Tartu_pedagoogiumi_aruanded, lk 2
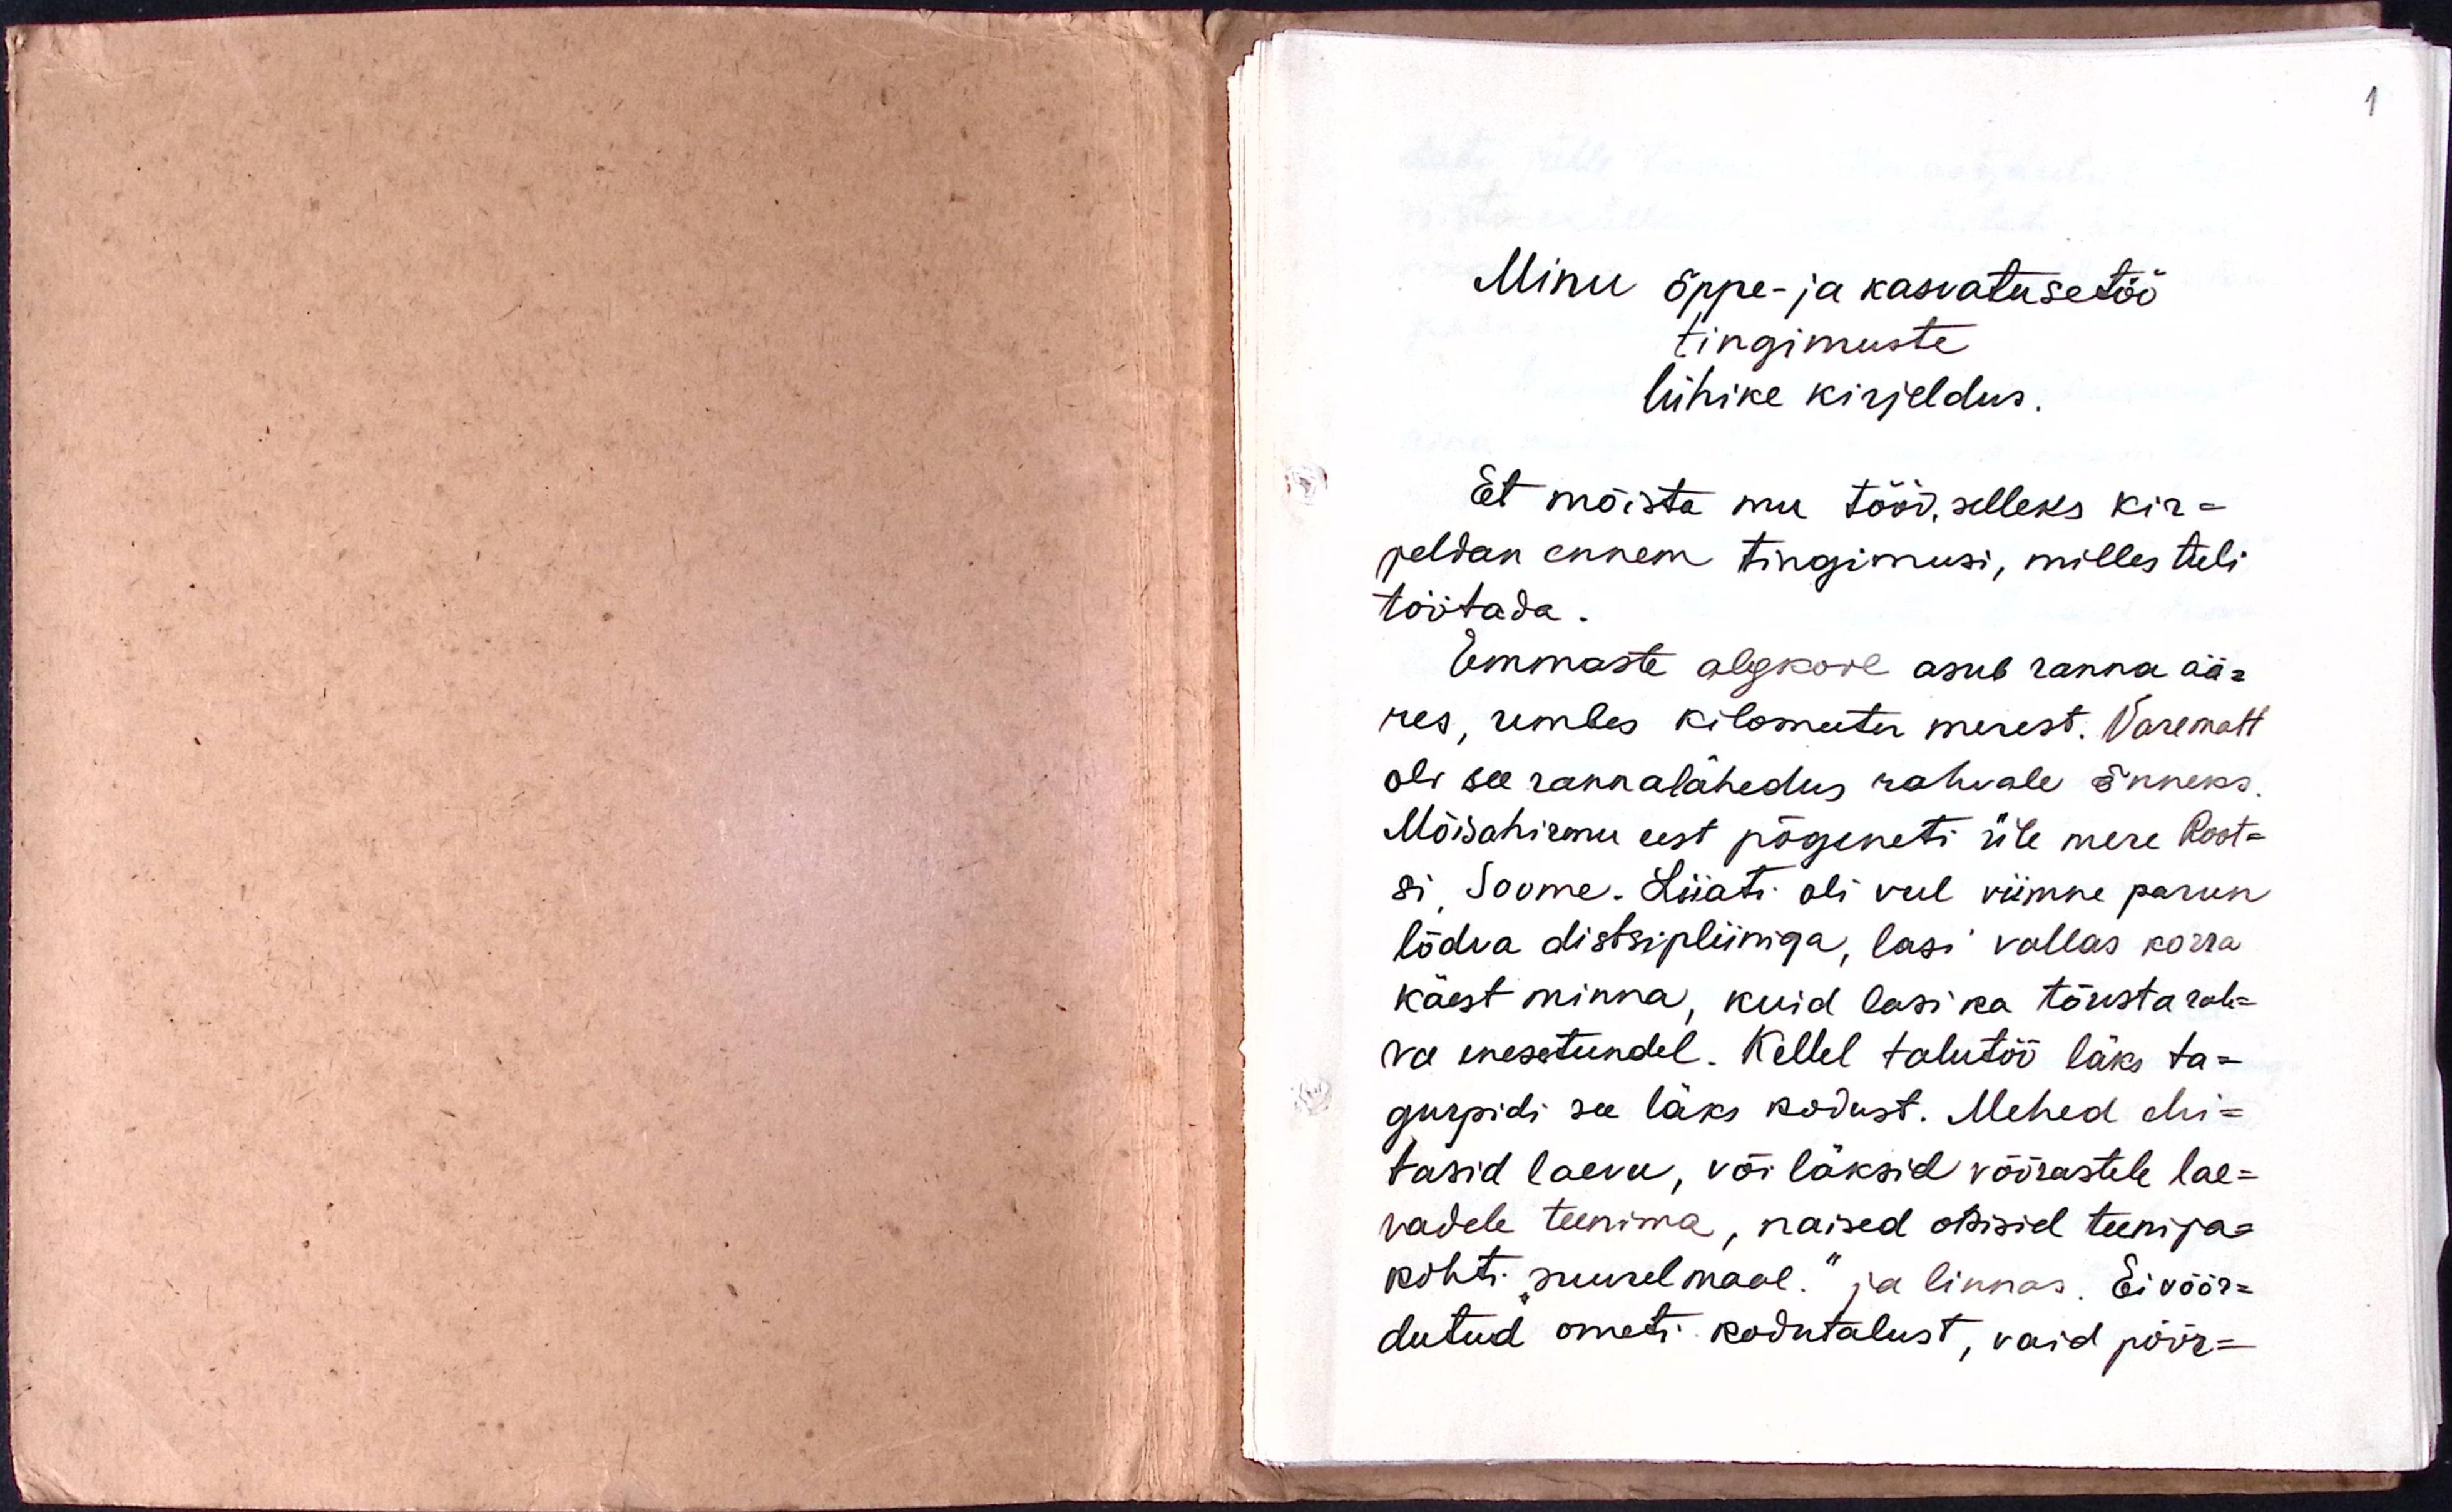
Minu õppe- ja kasvatusetöö
tingimuste
lühike kirjeldus.
Et mõista mu tööd, selleks kir-
jeldan ennem tingimusi, milles tuli
töötada
Emmaste algkool asub ranna ää-
res, umbes kilomeeter merest. Varemalt
oli see rannalähedus rahvale õnneks.
Mõisahirmu eest põgeneti üle mere Root-
si, Soome. Liiati oli veel viimne parun
lõdva distsipliiniga, lasi vallas korra
käest minna, kuid lasi ka tõusta rah-
va enesetundel. Kellel talutöö läks ta-
gurpidi see läks kodust. Mehed ehi-
tasid laevu, või läksid võõrastele lae-
vadele teenima, naised otsisid teenija-
kohti "suurelmaal" ja linnas. Ei võõr-
dutud ometi kodutalust, vaid pöör-